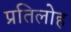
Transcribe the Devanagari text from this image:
प्रतिलोह